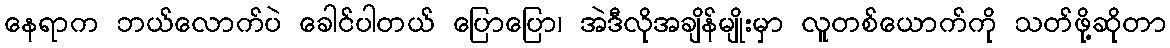
နေရာက ဘယ်လောက်ပဲ ခေါင်ပါတယ် ပြောပြော၊ အဲဒီလိုအချိန်မျိုးမှာ လူတစ်ယောက်ကို သတ်ဖို့ဆိုတာ